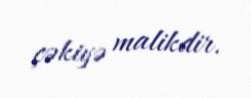
çəkiyə malikdir.